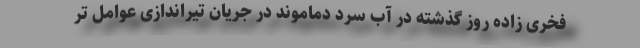
فخری زاده روز گذشته در آب سرد دماموند در جریان تیراندازی عوامل تر